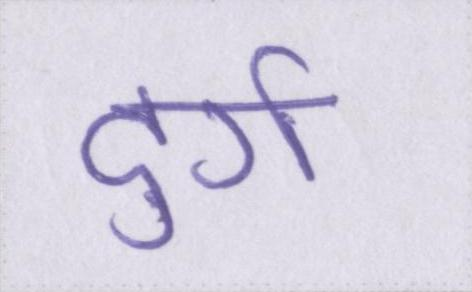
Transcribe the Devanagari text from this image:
दुर्ग